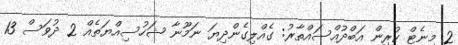
2 މިނެޓް ކުރިން އަބްދުއްސައްތާރު: ގެއްލިގެންދިޔަ ނަމޫނާ ޝަހުސިއްޔަތެއް 2 ދުވަސް 13